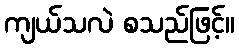
ကျယ်သလဲ စသည်ဖြင့်။